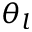
\theta _ { l }